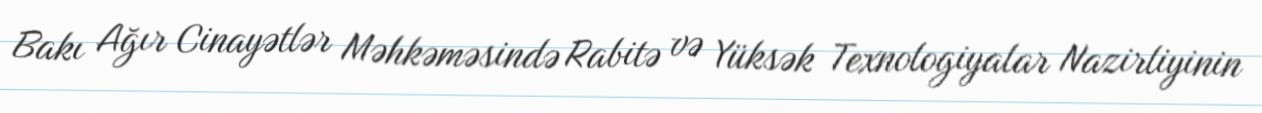
Bakı Ağır Cinayətlər Məhkəməsində Rabitə və Yüksək Texnologiyalar Nazirliyinin